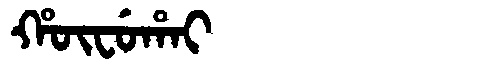
Manchu: ᡥᡡᠸᡠᡥᠠᡳ
Romanization: HŪFUHAI